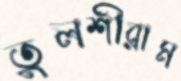
তুলশীরাম